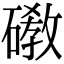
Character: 䃝